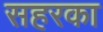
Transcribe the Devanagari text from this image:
सहरका